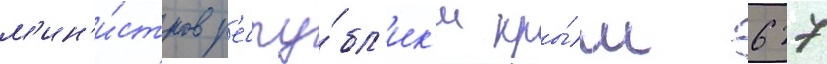
м'ин'и́стров р'еспу́бл'ик'и кры́м 627